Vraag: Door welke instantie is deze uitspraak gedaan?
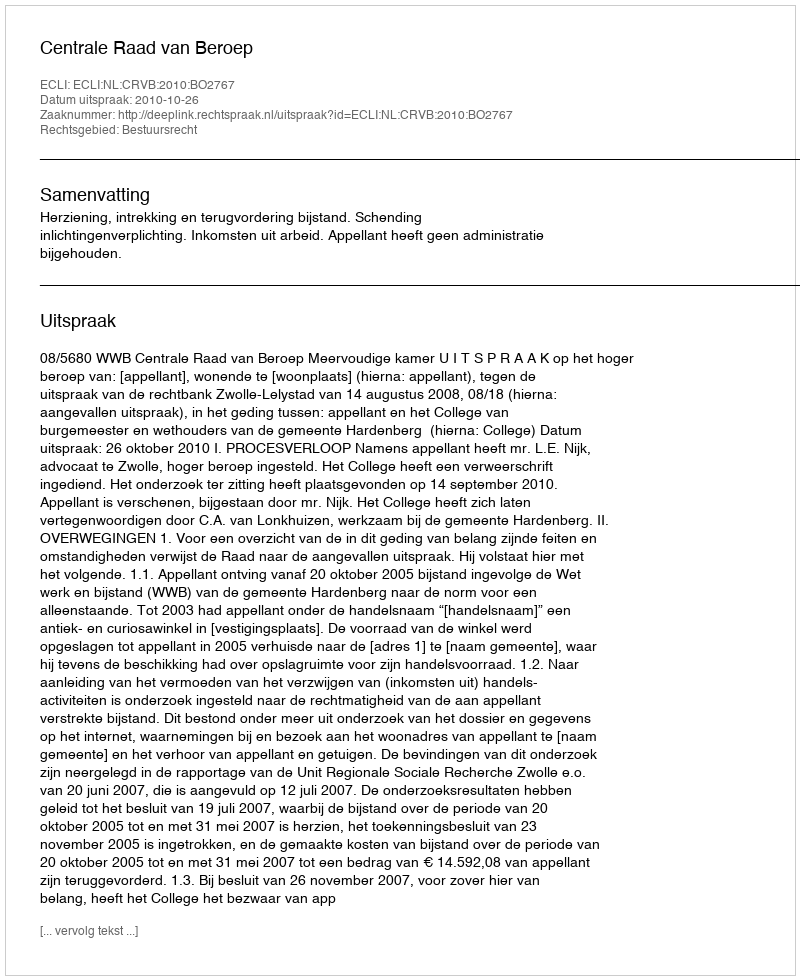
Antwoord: Centrale Raad van Beroep